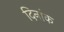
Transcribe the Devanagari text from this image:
दिनांक